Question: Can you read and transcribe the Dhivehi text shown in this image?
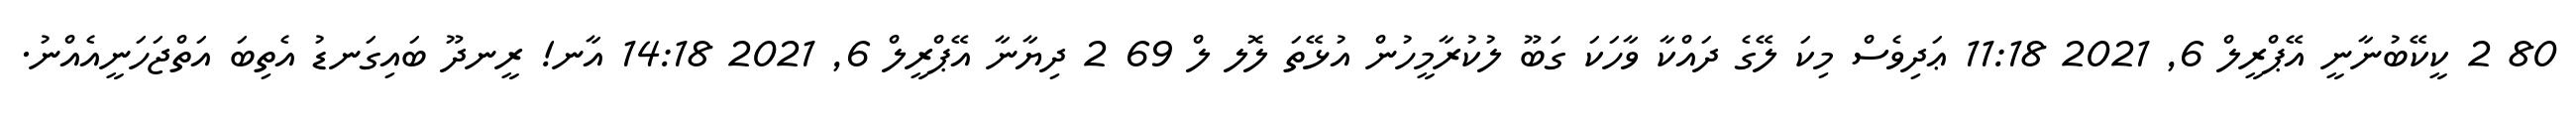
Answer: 80 2 ކީކޭބުނާނީ އޭޕްރީލް 6, 2021 11:18 ޢަދިވެސް މިކަ ލޭގެ ދައްކާ ވާހަކަ ގަބޫ ލުކުރާމީހުން އުޅޭތަ ލޮލ ލް 69 2 ދިޔާނާ އޭޕްރީލް 6, 2021 14:18 އާނ! ރީނދޫ ބައިގަނޑު އެތިބަ އަތްޖަހަނީއެއްނު.